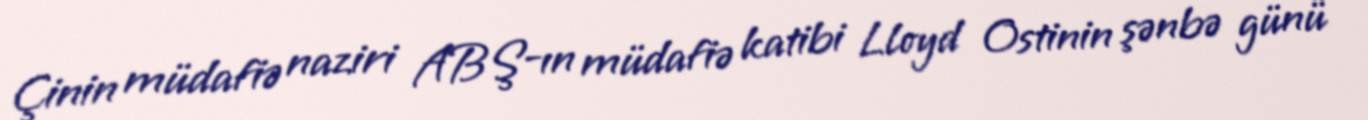
Çinin müdafiə naziri ABŞ-ın müdafiə katibi Lloyd Ostinin şənbə günü